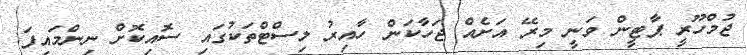
ޖުމްހޫރީ ޕާޓީން ވަނީ މިރޭ އަށެއް ޖަހާކަން ހާއިރު ލިސްޓްތަކުގައި ސޮއިކޮށް ނިންމައިފަ